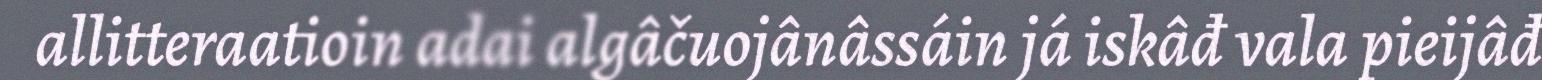
allitteraatioin adai algâčuojânâssáin já iskâđ vala pieijâđ